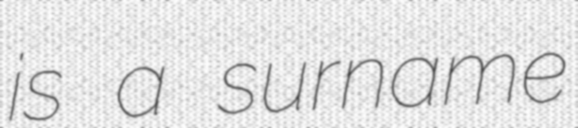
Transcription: is a surname